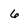
Character: 6